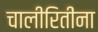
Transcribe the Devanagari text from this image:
चालीरितींना